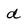
Character: d